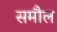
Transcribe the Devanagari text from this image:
समौल